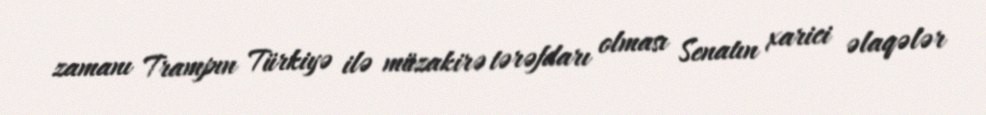
zamanı Trampın Türkiyə ilə müzakirə tərəfdarı olması Senatın xarici əlaqələr